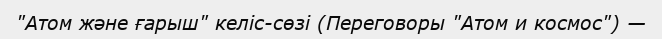
"Атом және ғарыш" келіс-сөзі (Переговоры "Атом и космос") —